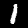
Label: 1